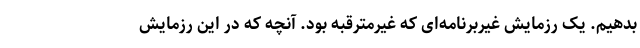
بدهیم. یک رزمایش غیربرنامه‌ای که غیرمترقبه بود. آنچه که در این رزمایش